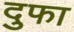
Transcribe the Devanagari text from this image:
दुफा